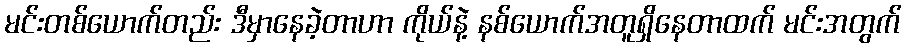
မင်းတစ်ယောက်တည်း ဒီမှာနေခဲ့တာဟာ ကိုယ်နဲ့ နစ်ယောက်အတူရှိနေတာထက် မင်းအတွက်